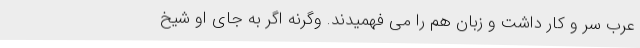
عرب سر و کار داشت و زبان هم را می فهمیدند. وگرنه اگر به جای او شیخ